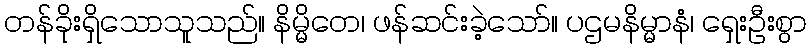
တန်ခိုးရှိသောသူသည်။ နိမ္မိတေ၊ ဖန်ဆင်းခဲ့သော်။ ပဌမနိမ္မာနံ၊ ရှေးဦးစွာ